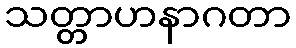
သတ္တာဟနာဂတာ